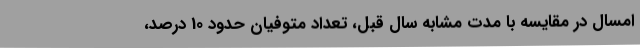
امسال در مقایسه با مدت مشابه سال قبل، تعداد متوفیان حدود 10 درصد،